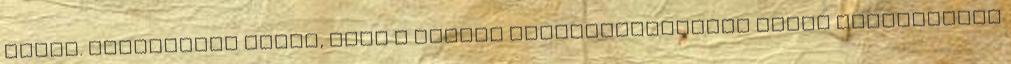
módon. Egyetértek azzal, hogy a valódi intellektualitás jóval megengedőbb